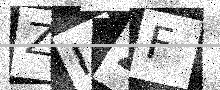
Text: ZI2F